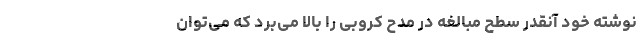
نوشته خود آنقدر سطح مبالغه در مدح کروبی را بالا می‌برد که می‌توان